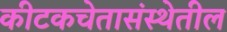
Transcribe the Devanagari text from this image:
कीटकचेतासंस्थेतील